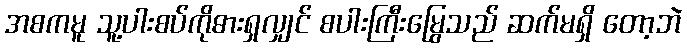
အစကမူ သူ့ပါးစပ်ကိုဓားရှလျှင် စပါးကြီးမြွေသည် ဆက်မရှိ တော့ဘဲ